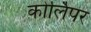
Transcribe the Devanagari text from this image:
कोर्लिपर